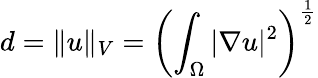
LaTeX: d=\Vert u\Vert_{V}=\left(\int_{\Omega}|\nabla u|^{2}\right)^{\frac{1}{2}}